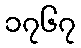
၁၇၆၇